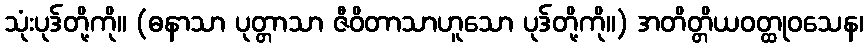
သုံးပုဒ်တို့ကို။ (ဓနာသာ ပုတ္တာသာ ဇီဝိတာသာဟူသော ပုဒ်တို့ကို။) အတိတ္တိယဝတ္ထုဝသေန၊